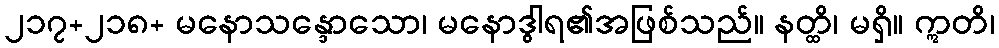
၂၁၇+၂၁၈+ မနောသန္ဒောသော၊ မနောဒွါရ၏အဖြစ်သည်။ နတ္ထိ၊ မရှိ။ ဣတိ၊